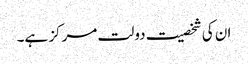
ان کی شخصیت دولت مرکز ہے۔